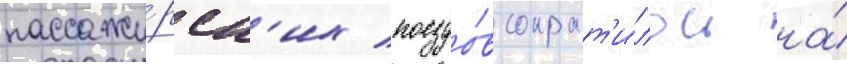
пассажи́рск'их поездо́в сократ'и́лось на́